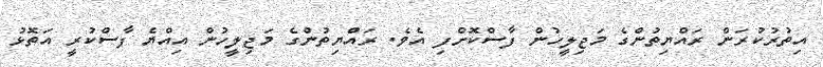
އިތުރުކުރަން ރައްޔިތުންގެ މަޖިލީހުން ފާސްކޮށްފި އެވެ. ރައްޔިތުންގެ މަޖިލީހުން އިއްޔެ ފާސްކުރީ އަތޮޅު